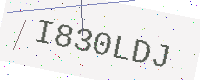
Text: I830LDJ